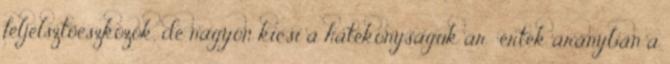
feljelsztőeszközök, de nagyon kicsi a hatékonyságuk ár érték arányban a